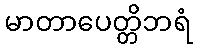
မာတာပေတ္တိဘရံ